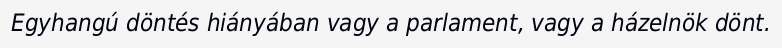
Egyhangú döntés hiányában vagy a parlament, vagy a házelnök dönt.